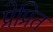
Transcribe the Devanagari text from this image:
प्रेप्रित